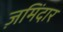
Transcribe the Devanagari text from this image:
ज़मिंदार